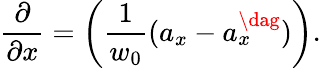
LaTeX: \frac{\partial}{\partial x}=\left(\frac{1}{w_{0}}(a_{x}-a_{x}^{\dag})\right).